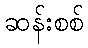
ဆန်းစစ်